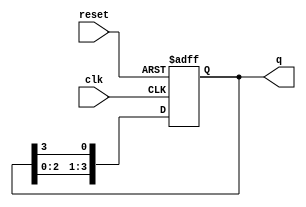
module ring_counter #(
    parameter N = 4  // Parameter to set the number of bits (flip-flops)
)(
    input wire clk,       // Clock input
    input wire reset,     // Asynchronous reset input
    output reg [N-1:0] q // Output state of the ring counter
);

    // Initial state for the ring counter: 1000...0
    initial begin
        q = 1'b1; // Set the initial state with a single '1' at the MSB
    end

    // Always block triggered on the rising edge of the clock or on reset
    always @(posedge clk or posedge reset) begin
        if (reset) begin
            // Reset the counter to initial state
            q <= 1'b1; // Reset to single '1' at the MSB
        end else begin
            // Shift left: the output of the last flip-flop is fed back into the first
            q <= {q[N-2:0], q[N-1]}; // Shift left and wrap around
        end
    end

endmodule